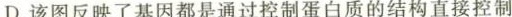
D.该图反映了基因都是通过控制蛋白质的结构直接控制